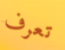
تعرف